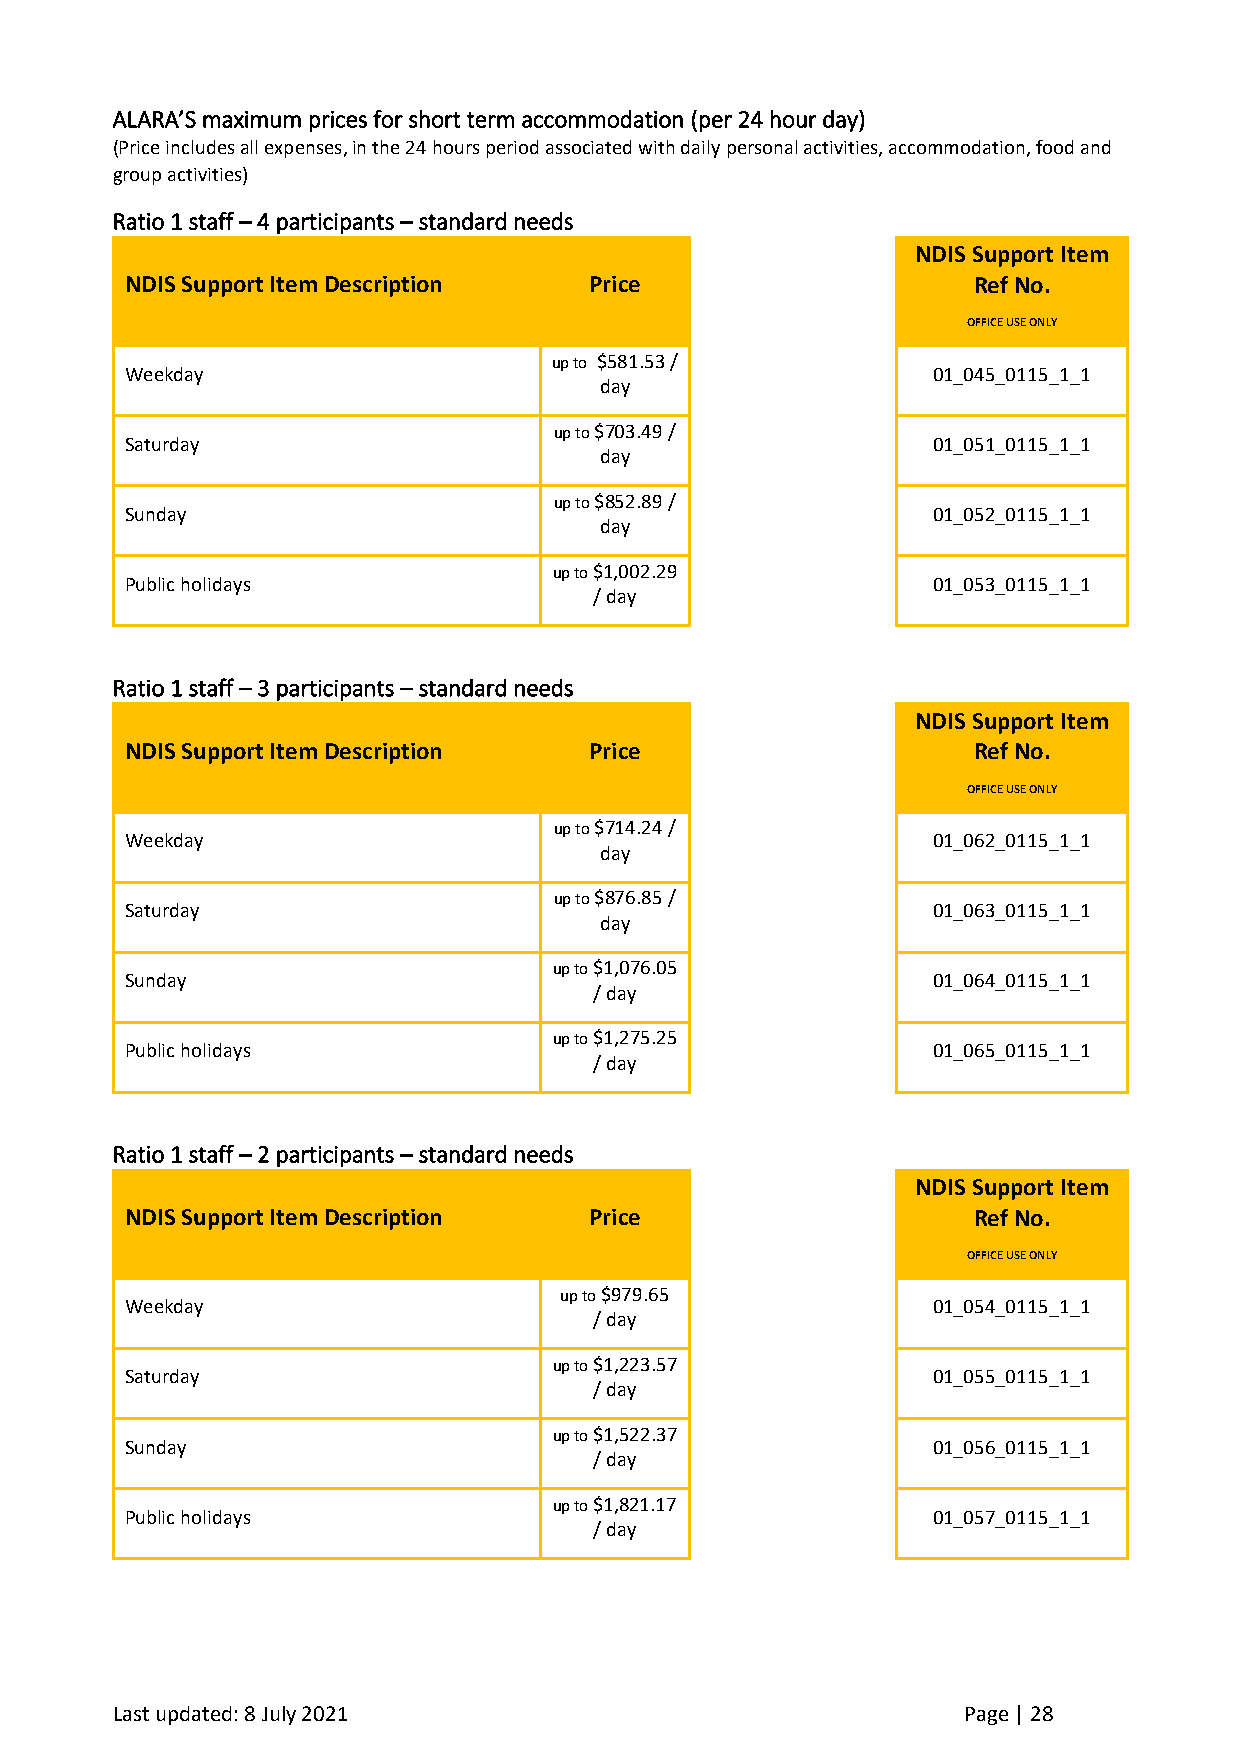
ALARA’S maximum prices for short term accommodation (per 24 hour day)
 (Price includes all expenses, in the 24 hours period associated with daily personal activities, accommodation, food and
 group activities)
 Ratio 1 staff – 4 participants – standard needs
 NDIS Support Item
 NDIS Support Item Description  Price                    Ref No.
 OFFICE USE ONLY
 up to $581.53 /
 Weekday                                               01_045_0115_1_1
 day
 up to $703.49 /
 Saturday                                              01_051_0115_1_1
 day
 up to $852.89 /
 Sunday                                                01_052_0115_1_1
 day
 up to $1,002.29
 Public holidays                                       01_053_0115_1_1
 / day
 Ratio 1 staff – 3 participants – standard needs
 NDIS Support Item
 NDIS Support Item Description  Price                    Ref No.
 OFFICE USE ONLY
 up to $714.24 /
 Weekday                                               01_062_0115_1_1
 day
 up to $876.85 /
 Saturday                                              01_063_0115_1_1
 day
 up to $1,076.05
 Sunday                                                01_064_0115_1_1
 / day
 up to $1,275.25
 Public holidays                                       01_065_0115_1_1
 / day
 Ratio 1 staff – 2 participants – standard needs
 NDIS Support Item
 NDIS Support Item Description  Price                    Ref No.
 OFFICE USE ONLY
 up to $979.65
 Weekday                                               01_054_0115_1_1
 / day
 up to $1,223.57
 Saturday                                              01_055_0115_1_1
 / day
 up to $1,522.37
 Sunday                                                01_056_0115_1_1
 / day
 up to $1,821.17
 Public holidays                                       01_057_0115_1_1
 / day
 Last updated: 8 July 2021                                Page | 28